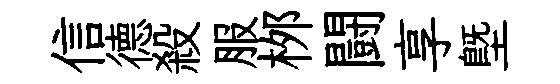
信德殺服桞闘享塈